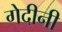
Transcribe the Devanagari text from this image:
गेदीनी